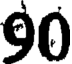
90